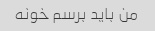
من باید برسم خونه